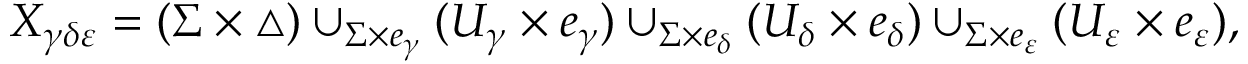
\begin{array} { r } { X _ { \gamma \delta \varepsilon } = ( \Sigma \times \triangle ) \cup _ { \Sigma \times e _ { \gamma } } ( U _ { \gamma } \times e _ { \gamma } ) \cup _ { \Sigma \times e _ { \delta } } ( U _ { \delta } \times e _ { \delta } ) \cup _ { \Sigma \times e _ { \varepsilon } } ( U _ { \varepsilon } \times e _ { \varepsilon } ) , } \end{array}